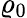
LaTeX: \varrho_{0}